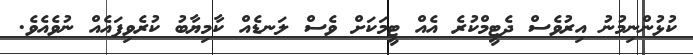
ކުޅުންނިމުނު އިރުވެސް ދެޓީމްކުރެ އެއް ޓީމަކަށް ވެސް ލަނޑެއް ކާމިޔާބު ކުރެވިފައެއް ނުވެއެވެ.